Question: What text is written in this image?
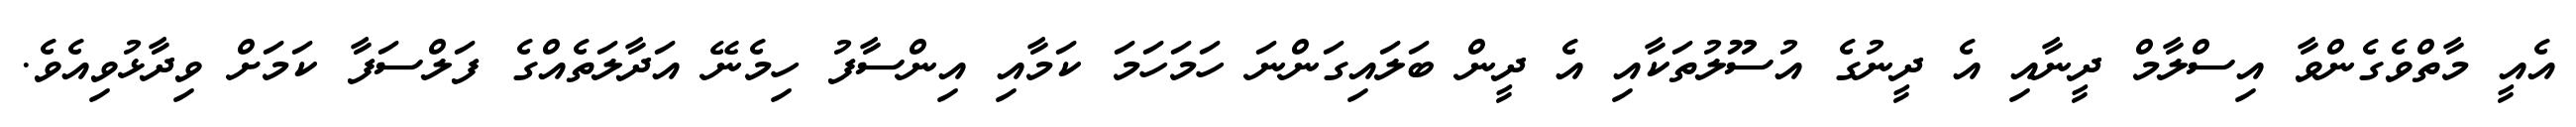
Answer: އެއީ މާތްވެގެންވާ އިސްލާމް ދީނާއި އެ ދީނުގެ އުސޫލުތަކާއި އެ ދީން ބަލައިގަންނަ ހަމަހަމަ ކަމާއި އިންސާފު ހިމެނޭ އަދާލަތެއްގެ ފަލްސަފާ ކަމަށް ވިދާޅުވިއެވެ.